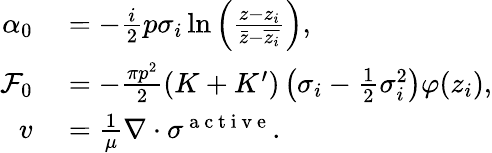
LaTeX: \begin{array}{rl}{\alpha_{0}}&{{}=-\frac{i}{2}p\sigma_{i}\ln\left(\frac{z-z_{i}}{\bar{z}-\overline{{z_{i}}}}\right),}\\ {\mathcal F_{0}}&{{}=-\frac{\pi p^{2}}{2}(K+K^{\prime})\left(\sigma_{i}-\frac{1}{2}\sigma_{i}^{2}\right)\varphi(z_{i}),}\\ {v}&{{}=\frac{1}{\mu}\nabla\cdot\sigma^{\mathrm{~a~c~t~i~v~e~}}.}\end{array}